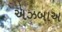
અઝબાઅ